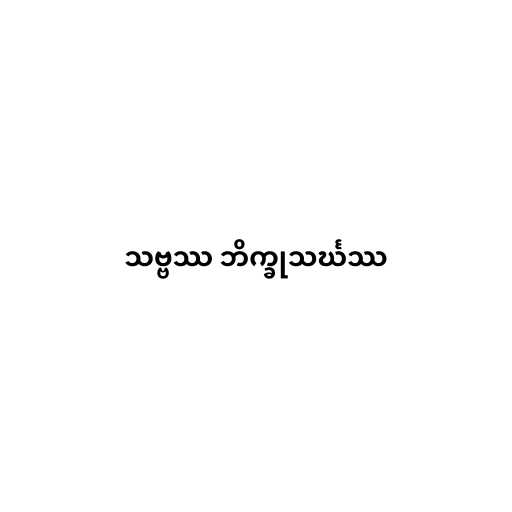
သဗ္ဗဿ ဘိက္ခုသင်္ဃဿ